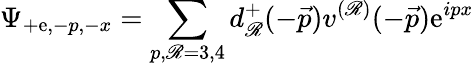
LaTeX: \Psi_{+\mathrm{e},-p,-x}=\sum_{p,\mathscr{R}=3,4}d_{\mathscr{R}}^{+}(-\vec{{p}})v^{(\mathscr{R})}(-\vec{{p}})\mathrm{e}^{ipx}